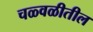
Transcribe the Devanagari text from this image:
चळ्वळीतील